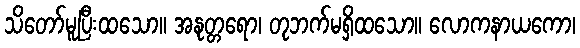
သိတော်မူပြီးထသော။ အနုတ္တရော၊ တုဘက်မရှိထသော။ လောကနာယကော၊